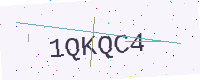
Text: 1QKQC4